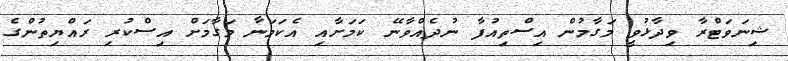
ޝިނަވަޓްރާ ވިދާޅުވީ މަގާމުން އިސްތިއުފާ ނުދެއްވާނޭ ކަމަށާއި އެކަމަނާ މަގާމަށް އިސްކުރި ރައްޔިތުންގެ